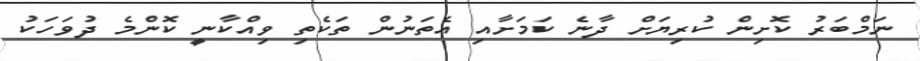
ނަމްބަރު ކޮށިން ކުރިޔަށް ދާނެ ކަމަށާއި އެތަނުން ތަކެތި ވިއްކާނީ ކޮންމެ ދުވަހަކު